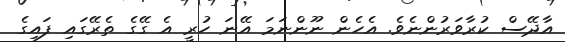
އާދޭސް ކުރާވަރުންނެވެ. އެހެން ނޫންނަމަ އޭނަ ހުރީ އެ ގޭގެ ތެރޭގައި ފައިގެ